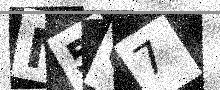
Text: N5O7